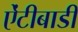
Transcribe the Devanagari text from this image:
ऐंटीबाडी